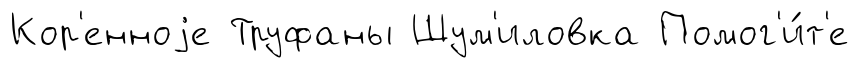
Кор'енноjе Труфаны Шум'иловка Помог'и́т'е